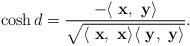
LaTeX: \begin{align*}\cosh{{d}}=\frac{-\langle ~ \mathbf{x},~\mathbf{y} \rangle }{\sqrt{\langle ~ \mathbf{x},~\mathbf{x} \rangle\langle ~ \mathbf{y},~\mathbf{y} \rangle }}.\end{align*}